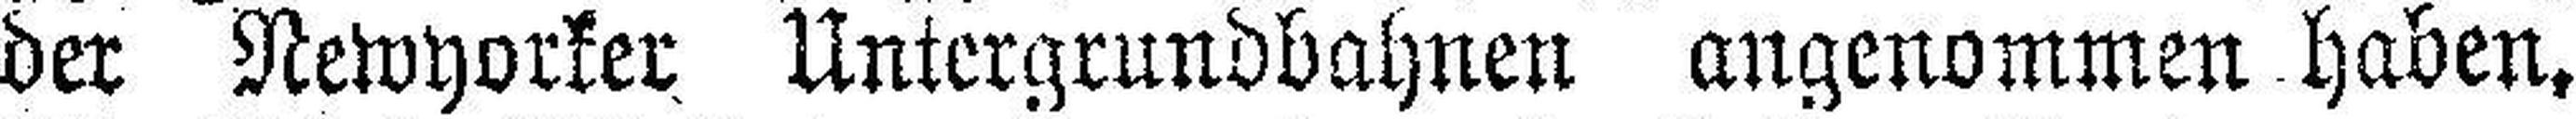
der Newyorker Untergrundbahnen angenommen haben.